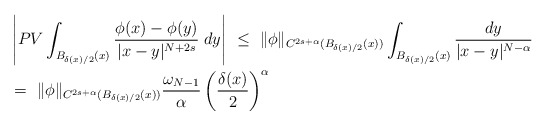
\begin{align*}& \left|PV\int_{B_{\delta(x)/2}(x)}\frac{\phi(x)-\phi(y)}{|x-y|^{N+2s}}\;dy\right|\ \leq\ \|\phi\|_{C^{2s+\alpha}(B_{\delta(x)/2}(x))}\int_{B_{\delta(x)/2}(x)}\frac{dy}{|x-y|^{N-\alpha}}\ \\& =\ \|\phi\|_{C^{2s+\alpha}(B_{\delta(x)/2}(x))}\frac{\omega_{N-1}}{\alpha}\left(\frac{\delta(x)}{2}\right)^\alpha\end{align*}